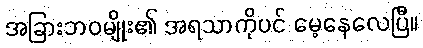
အခြားဘဝမျိုး၏ အရသာကိုပင် မေ့နေလေပြီ။